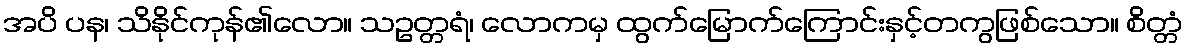
အပိ ပန၊ သိနိုင်ကုန်၏လော။ သဥတ္တရံ၊ လောကမှ ထွက်မြောက်ကြောင်းနှင့်တကွဖြစ်သော။ စိတ္တံ